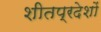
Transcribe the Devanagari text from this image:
शीतप्रदेशों